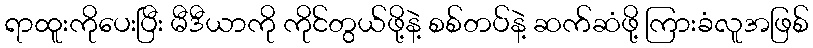
ရာထူးကိုပေးပြီး မီဒီယာကို ကိုင်တွယ်ဖို့နဲ့ စစ်တပ်နဲ့ ဆက်ဆံဖို့ ကြားခံလူအဖြစ်